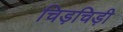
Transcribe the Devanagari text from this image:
चिड़चिड़ी